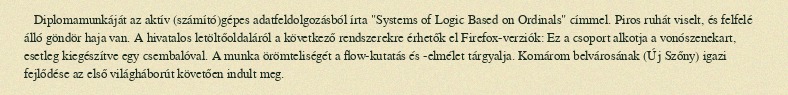
Diplomamunkáját az aktív (számító)gépes adatfeldolgozásból írta "Systems of Logic Based on Ordinals" címmel. Piros ruhát viselt, és felfelé álló göndör haja van. A hivatalos letöltőoldaláról a következő rendszerekre érhetők el Firefox-verziók: Ez a csoport alkotja a vonószenekart, esetleg kiegészítve egy csembalóval. A munka örömteliségét a flow-kutatás és -elmélet tárgyalja. Komárom belvárosának (Új Szőny) igazi fejlődése az első világháborút követően indult meg.